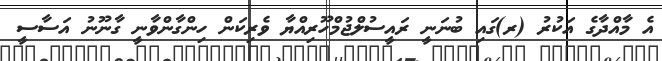
އެ މާއްދާގެ އަކުރު (ރ)ގައި ބުނަނީ ރައީސުލްޖުމްހޫރިއްޔާ ވެރިކަން ހިންގާންވާނީ ގާނޫނު އަސާސީ